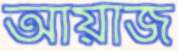
আয়াজ